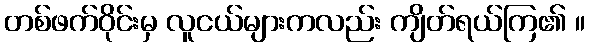
တစ်ဖက်ဝိုင်းမှ လူငယ်များကလည်း ကျိတ်ရယ်ကြ၏ ။